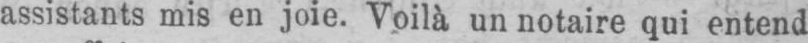
assistants mis en joie. Voilà un notaire qui entend